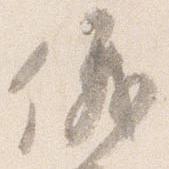
儀